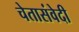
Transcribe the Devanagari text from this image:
चेतासंवेदी